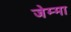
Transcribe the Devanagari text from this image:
जेम्मा